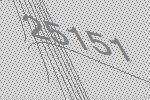
25151